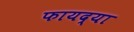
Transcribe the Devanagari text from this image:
फायद्या